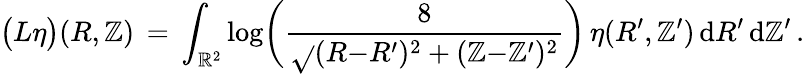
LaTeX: \bigl(L\eta\bigr)(R,\mathbb{Z})\, =\, \int_{\mathbb{{R}}^{2}}\log\biggl(\frac{{8}}{{\sqrt{}{{(R{-}R^{\prime})^{2}+(\mathbb{Z}{-}\mathbb{Z}^{\prime})^{2}}}}}\biggr)\, \eta(R^{\prime},\mathbb{Z}^{\prime})\, \mathrm{{d}}R^{\prime}\, \mathrm{{d}}\mathbb{Z}^{\prime}\, .